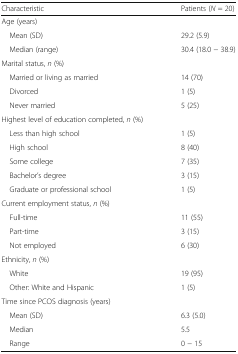
<table><thead><tr><td><b>Characteristic</b></td><td><b>Patients (<i>N</i> = 20)</b></td></tr></thead><tbody><tr><td colspan="2">Age (years)</td></tr><tr><td> Mean (SD)</td><td>29.2 (5.9)</td></tr><tr><td> Median (range)</td><td>30.4 (18.0 − 38.9)</td></tr><tr><td colspan="2">Marital status, <i>n</i> (%)</td></tr><tr><td> Married or living as married</td><td>14 (70)</td></tr><tr><td> Divorced</td><td>1 (5)</td></tr><tr><td> Never married</td><td>5 (25)</td></tr><tr><td colspan="2">Highest level of education completed, <i>n</i> (%)</td></tr><tr><td> Less than high school</td><td>1 (5)</td></tr><tr><td> High school</td><td>8 (40)</td></tr><tr><td> Some college</td><td>7 (35)</td></tr><tr><td> Bachelor’s degree</td><td>3 (15)</td></tr><tr><td> Graduate or professional school</td><td>1 (5)</td></tr><tr><td colspan="2">Current employment status, <i>n</i> (%)</td></tr><tr><td> Full-time</td><td>11 (55)</td></tr><tr><td> Part-time</td><td>3 (15)</td></tr><tr><td> Not employed</td><td>6 (30)</td></tr><tr><td colspan="2">Ethnicity, <i>n</i> (%)</td></tr><tr><td> White</td><td>19 (95)</td></tr><tr><td> Other: White and Hispanic</td><td>1 (5)</td></tr><tr><td colspan="2">Time since PCOS diagnosis (years)</td></tr><tr><td> Mean (SD)</td><td>6.3 (5.0)</td></tr><tr><td> Median</td><td>5.5</td></tr><tr><td> Range</td><td>0 − 15</td></tr></tbody></table>